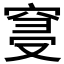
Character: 𮄀